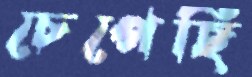
চেপেছি